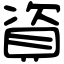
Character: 資